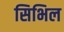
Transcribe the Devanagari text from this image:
सिभिल